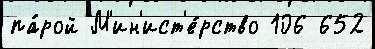
па́рой М'ин'ист'е́рство 106 652